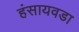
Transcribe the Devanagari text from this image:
हंसायवडा